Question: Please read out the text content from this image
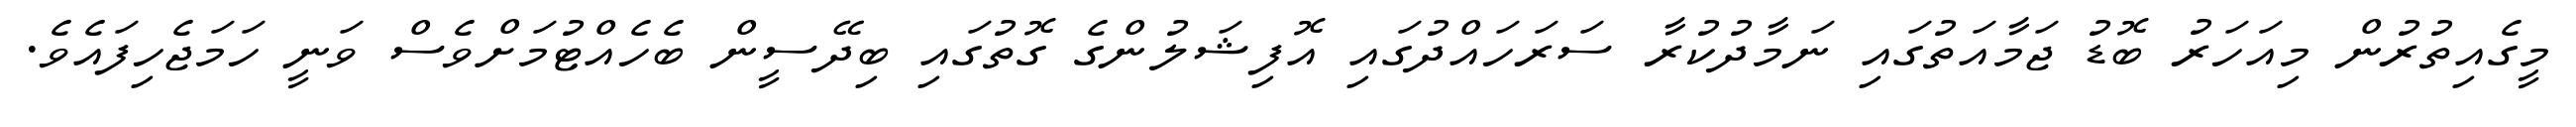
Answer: މީގެއިތުރުން މިއަހަރު ބޮޑު ޖަމާއަތުގައި ނަމާދުކުރާ ސަރަހައްދުގައި އޮފިޝަލުންގެ ގޮތުގައި ބިދޭސީން ބެހެއްޓުމަށްވެސް ވަނީ ހަމަޖެހިފައެވެ.